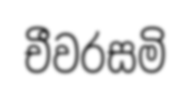
චීවරසමි